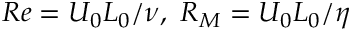
R e = U _ { 0 } L _ { 0 } / \nu , \ R _ { M } = U _ { 0 } L _ { 0 } / \eta